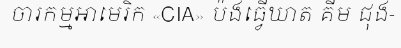
ចារកម្មអាមេរិក «CIA» ប៉ងធ្វើឃាត គីម ជុង-